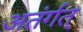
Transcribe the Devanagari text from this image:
अतंर्गत्